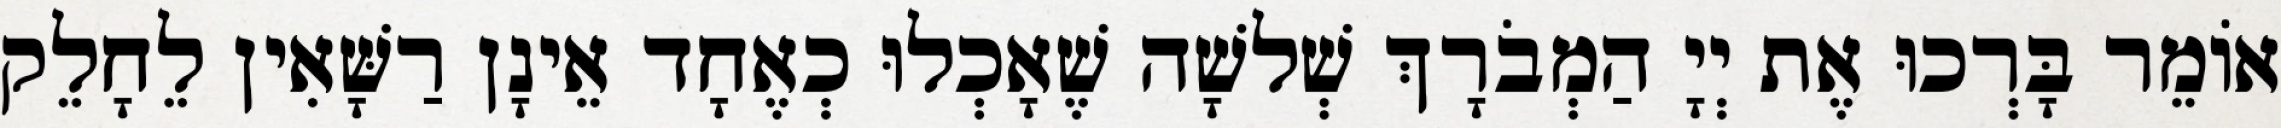
אוֹמֵר בָּרְכוּ אֶת יְיָ הַמְבֹרָךְ שְׁלשָׁה שֶׁאָכְלוּ כְאֶחָד אֵינָן רַשָּׁאִין לֵחָלֵק